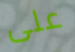
على